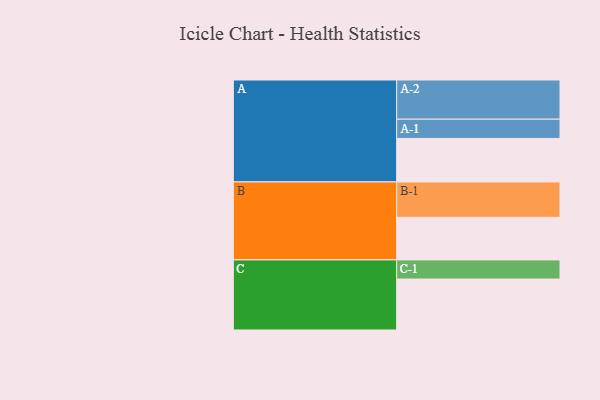
{"axis": {"x": "Segment", "y": "Value"}, "legend": ["", "A", "B", "C"], "data": [{"x": "A", "y": 332, "type": ""}, {"x": "B", "y": 325, "type": ""}, {"x": "C", "y": 389, "type": ""}, {"x": "A-1", "y": 147, "type": "A"}, {"x": "A-2", "y": 299, "type": "A"}, {"x": "B-1", "y": 270, "type": "B"}, {"x": "C-1", "y": 146, "type": "C"}]}